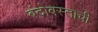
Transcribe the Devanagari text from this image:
बंदोबस्ताची